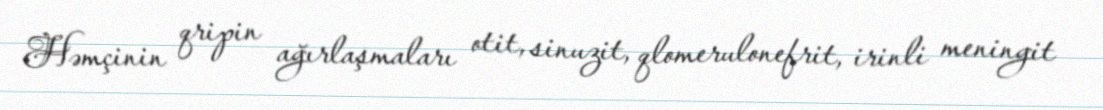
Həmçinin qripin ağırlaşmaları otit, sinuzit, qlomerulonefrit, irinli meningit